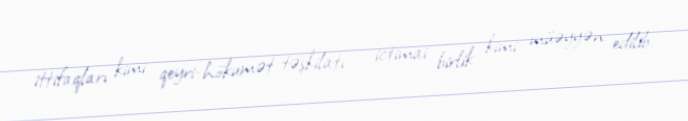
ittifaqları kimi qeyri-hökumət təşkilatı – ictimai birlik kimi müəyyən edilib.